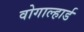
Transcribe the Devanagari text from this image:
वोगाल्हार्ड